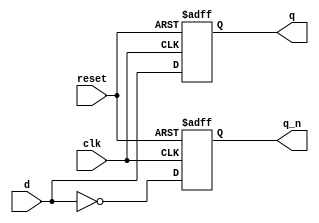
module neg_edge_d_ff (
    input wire clk,
    input wire reset,
    input wire d,
    output reg q,
    output reg q_n
);

always @(negedge clk or posedge reset) begin
    if (reset) begin
        q <= 1'b0;
        q_n <= 1'b1;
    end else begin
        q <= d;
        q_n <= ~d;
    end
end

endmodule